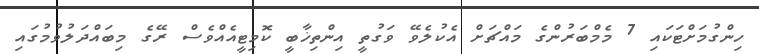
ހިންގުމަށްޓަކައި 7 މެމްބަރުންގެ މައްޗަށް އެކުލެވޭ ވަގުތީ އިންތިޚާބީ ކޮމިޓީއެއްވެސް ރޭގެ މިބައްދަލުވުމުގައި